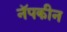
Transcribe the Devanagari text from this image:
नॅपकीन